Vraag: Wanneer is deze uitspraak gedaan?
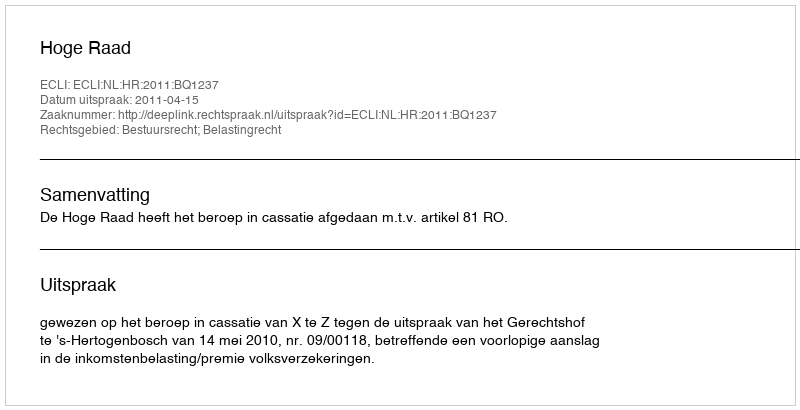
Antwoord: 2011-04-15